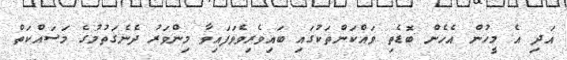
އަދި އެ މީހުން އެހެން ބޮޑެތި ވައްކަންތަކުގައި ބައިވެރިވެވަފައިވާ މިންވަރު ދެނެގަތުމުގެ މަސައްކަތް